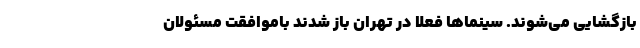
بازگشایی می‌شوند. سینماها فعلا در تهران باز شدند باموافقت مسئولان